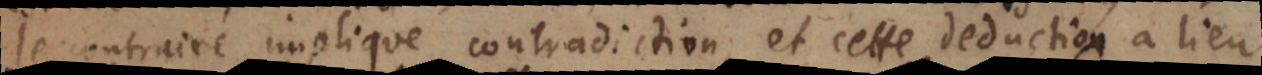
le contraire implique contradiction, et cette deduction a lieu